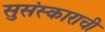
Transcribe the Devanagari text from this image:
सुसंस्काराची